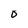
Character: O